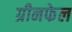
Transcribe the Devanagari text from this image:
ग्रीनफेल